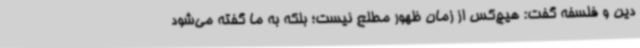
دین و فلسفه گفت: هیچ‌کس از زمان ظهور مطلع نیست؛ بلکه به ما گفته می‌شود